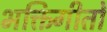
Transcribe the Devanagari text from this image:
भक्तिगीतोँ